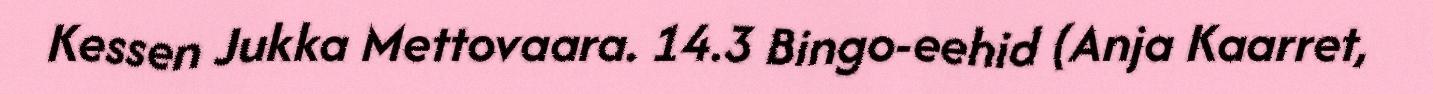
Kessen Jukka Mettovaara. 14.3 Bingo-eehid (Anja Kaarret,